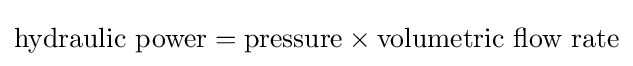
{\text{hydraulic power}}={\text{pressure}}\times {\text{volumetric flow rate}}